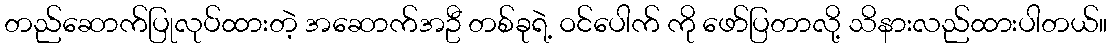
တည်ဆောက်ပြုလုပ်ထားတဲ့ အဆောက်အဦ တစ်ခုရဲ့ ဝင်ပေါက် ကို ဖော်ပြတာလို့ သိနားလည်ထားပါတယ်။